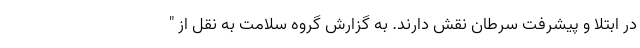
در ابتلا و پیشرفت سرطان نقش دارند. به گزارش گروه سلامت به نقل از "